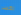
لكسر